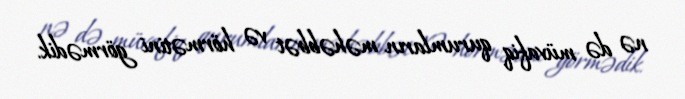
nə də müvafiq qurumların məhəbbət və hörmətini görmədik.